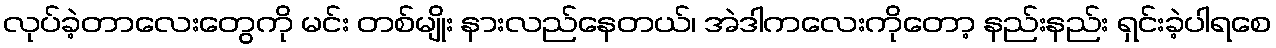
လုပ်ခဲ့တာလေးတွေကို မင်း တစ်မျိုး နားလည်နေတယ်၊ အဲဒါကလေးကိုတော့ နည်းနည်း ရှင်းခဲ့ပါရစေ